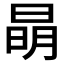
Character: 𣇵